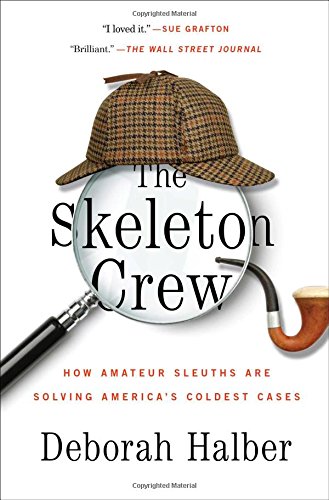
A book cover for The Skeleton Crew: How Amateur Sleuths Are Solving America's Coldest Cases; Deborah Halber; Law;